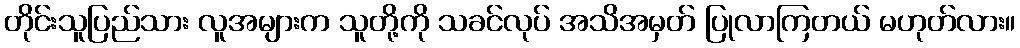
တိုင်းသူပြည်သား လူအများက သူတို့ကို သခင်လုပ် အသိအမှတ် ပြုလာကြတယ် မဟုတ်လား။